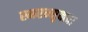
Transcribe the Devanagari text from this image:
स्मरन्मुक्त्वा